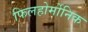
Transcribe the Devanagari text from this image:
फिलहोर्मोनिक